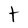
Character: t